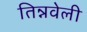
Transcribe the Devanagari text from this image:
तिन्नवेली